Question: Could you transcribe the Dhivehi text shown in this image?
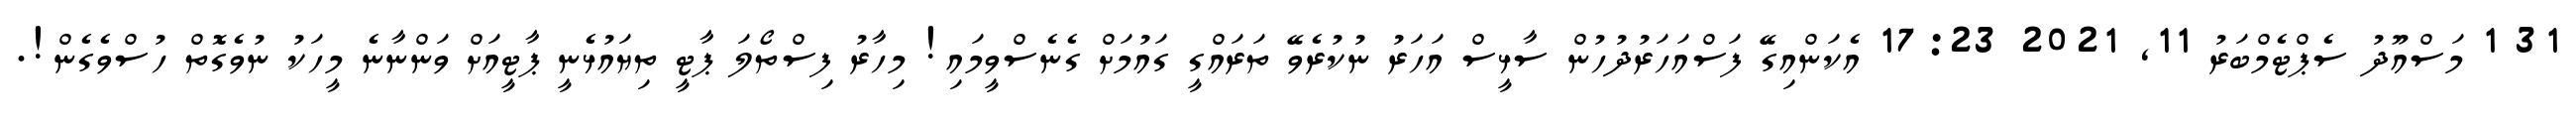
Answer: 31 1 މަސްއޫދު ސެޕްޓެމްބަރު 11, 2021 17:23 އެކަންއިގޭ ފަސްއަހަރުދުހުން ސާޅީސް އަހަރު ނުކުރެވޭ ތަރައްގީ ގައުމަށް ގެނެސްވީމައި! މިހާރު ފިސްތޯލަ ޕާޓީ ތިޔައުޅެނީ ޕާޓީއަށް ވަންނާނެ މީހަކު ނުވެގޮތް ހުސްވެގެން!.